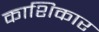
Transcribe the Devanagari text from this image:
काशिकार